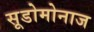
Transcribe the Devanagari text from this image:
सूडोमोनाज